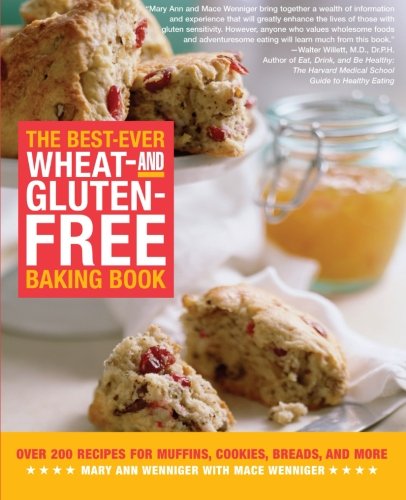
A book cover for The Best-Ever Wheat and Gluten Free Baking Book: 200 Recipes for Muffins, Cookies, Breads, and More, All Guaranteed Gluten-Free!; Mary Ann Wenniger; Cookbooks, Food & Wine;